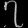
Digit: ၇